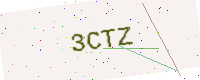
Text: 3CTZ